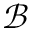
\mathcal { B }